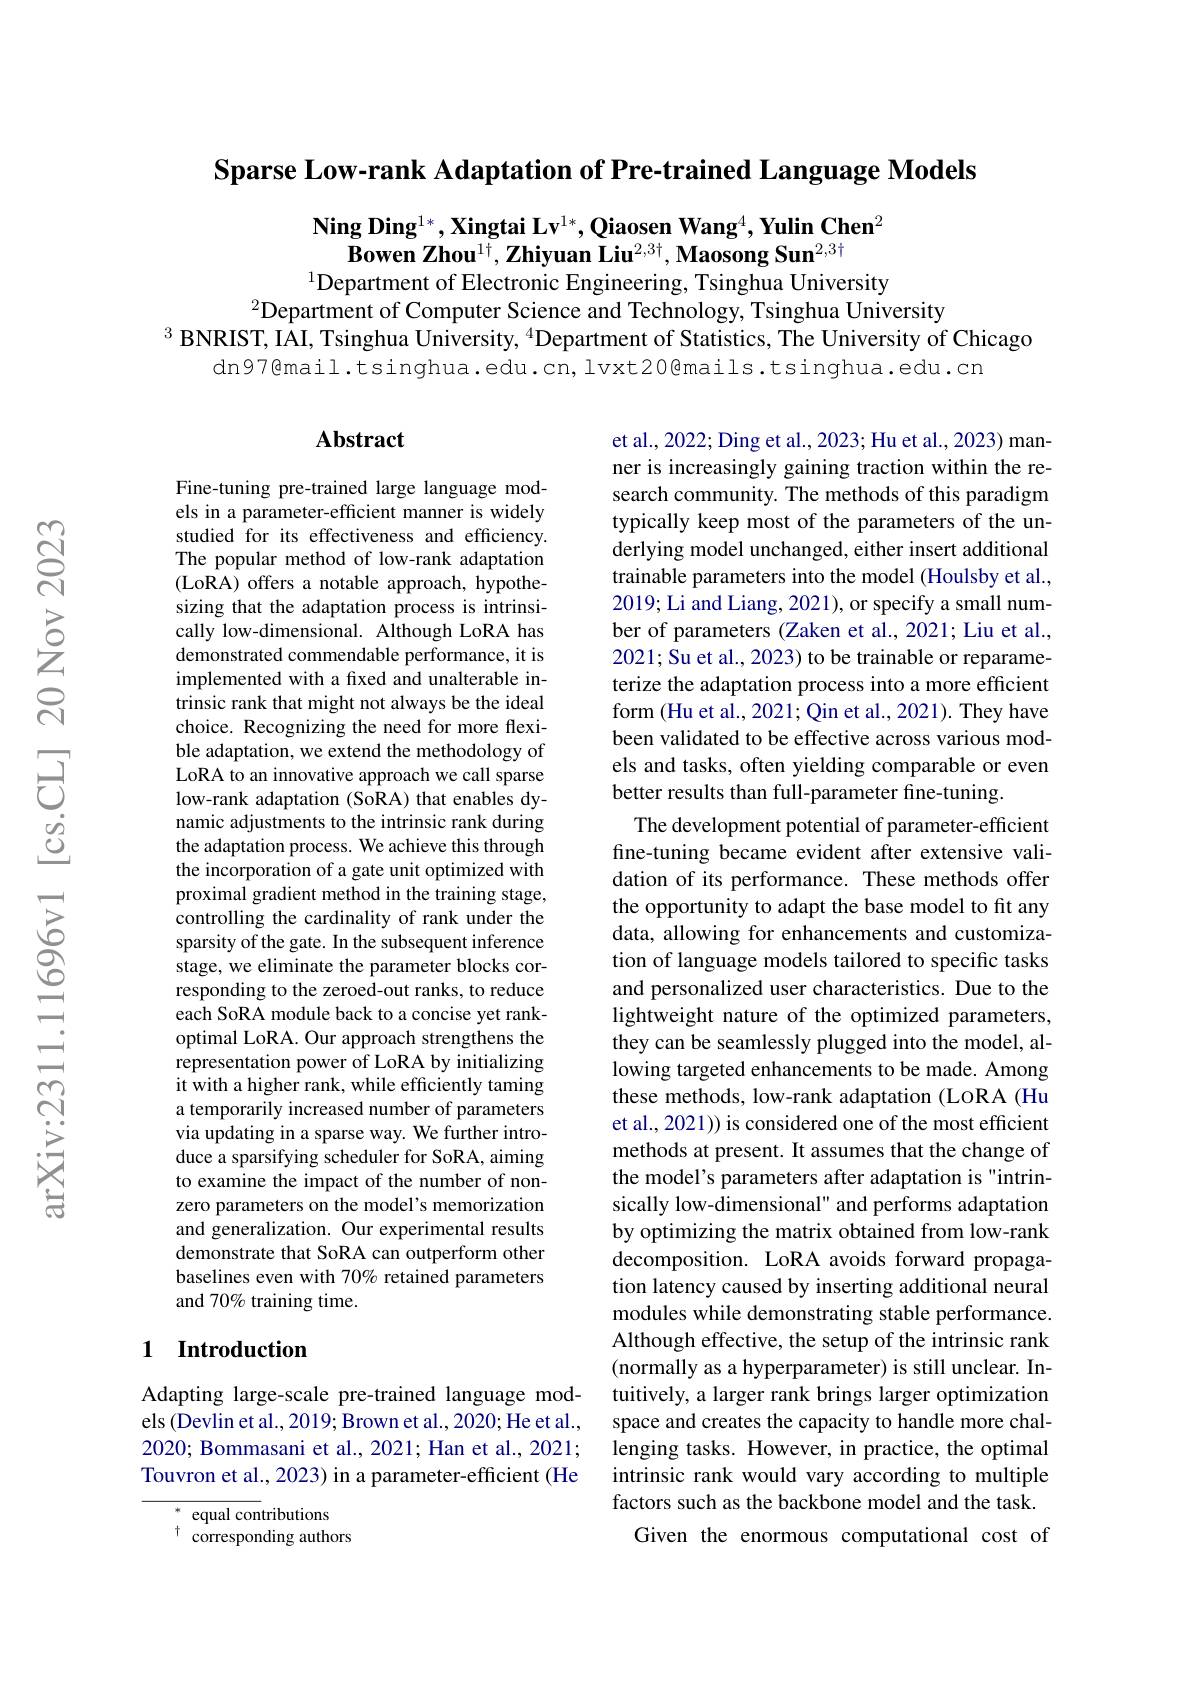
Sparse Low-rank Adaptation of Pre-trained Language Models

$\textbf{Ning Ding}^{1*},\textbf{Xingtai Lv}^{1*},\textbf{Qiaosen Wang}^4,\textbf{Yulin Chen}^2$
$\textbf{Bowen Zhou}^{1\dagger},\textbf{Zhiyuan Liu}^{2,3\dagger},\textbf{Maosong Sun}^{2,3\dagger}$
$^{1}$Department of Electronic Engineering, Tsinghua University

$^{2}$Department of Computer Science and Technology, Tsinghua University
$^{3}$ BNRIST, IAI, Tsinghua University, $^4$Department of Statistics, The University of Chicago
dn97@mail.tsinghua.edu.cn,lvxt20@mails.tsinghua.edu.cn

### Abstract

Fine-tuning pre-trained large language models in a parameter-efficient manner is widely studied for its effectiveness and efficiency. The popular method of low-rank adaptation (LoRA) offers a notable approach, hypothesizing that the adaptation process is intrinsically low-dimensional. Although LoRA has demonstrated commendable performance, it is implemented with a fixed and unalterable intrinsic rank that might not always be the ideal choice. Recognizing the need for more flexible adaptation, we extend the methodology of LoRA to an innovative approach we call sparse low-rank adaptation (SoRA) that enables dynamic adjustments to the intrinsic rank during the adaptation process. We achieve this through the incorporation of a gate unit optimized with proximal gradient method in the training stage, controlling the cardinality of rank under the sparsity of the gate. In the subsequent inference stage, we eliminate the parameter blocks corresponding to the zeroed-out ranks, to reduce each SoRA module back to a concise yet rankoptimal LoRA. Our approach strengthens the representation power of LoRA by initializing it with a higher rank, while efficiently taming a temporarily increased number of parameters via updating in a sparse way. We further introduce a sparsifying scheduler for SoRA, aiming to examine the impact of the number of nonzero parameters on the model's memorization and generalization. Our experimental results demonstrate that SoRA can outperform other baselines even with 70% retained parameters and 70% training time.

et al., 2022; Ding et al., 2023; Hu et al., 2023) manner is increasingly gaining traction within the research community. The methods of this paradigm typically keep most of the parameters of the underlying model unchanged, either insert additional trainable parameters into the model (Houlsby et al., 2019; Li and Liang, 2021), or specify a small number of parameters (Zaken et al., 2021; Liu et al., 2021; Su et al., 2023) to be trainable or reparameterize the adaptation process into a more efficient form (Hu et al., 2021; Qin et al., 2021). They have been validated to be effective across various models and tasks, often yielding comparable or even better results than full-parameter fine-tuning
The development potential of parameter-efficient fine-tuning became evident after extensive validation of its performance. These methods offer the opportunity to adapt the base model to fit any data, allowing for enhancements and customization of language models tailored to specific tasks and personalized user characteristics. Due to the lightweight nature of the optimized parameters, they can be seamlessly plugged into the model, allowing targeted enhancements to be made. Among these methods, low-rank adaptation (LoRA (Hu et al., 2021)) is considered one of the most efficient methods at present. It assumes that the change of the model's parameters after adaptation is "intrinsically low-dimensional" and performs adaptation by optimizing the matrix obtained from low-rank decomposition. LoRA avoids forward propagation latency caused by inserting additional neural modules while demonstrating stable performance. Although effective, the setup of the intrinsic rank (normally as a hyperparameter) is still unclear. Intuitively, a larger rank brings larger optimization space and creates the capacity to handle more challenging tasks. However, in practice, the optimal intrinsic rank would vary according to multiple factors such as the backbone model and the task. Given the enormous computational cost of

## 1 Introduction

Adapting large-scale pre-trained language models (Devlin et al., 2019; Brown et al., 2020; He et al., 2020; Bommasani et al., 2021; Han et al., 2021; Touvron et al., 2023) in a parameter-efficient (He

$\begin{array}{ll}{*}&{\mathrm{equal~con}}\\{+}&{\mathrm{equal~con}}\\\end{array}$ $^{\dagger}{\mathrm{~corresponding~authors}}$